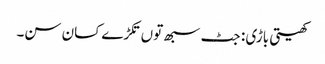
کھیتی باڑی : جٹ سبھ توں تکڑے کسان سن۔